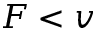
F < v